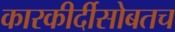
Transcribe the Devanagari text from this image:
कारकीर्दीसोबतच